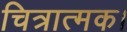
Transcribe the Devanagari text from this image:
चित्रात्मक।